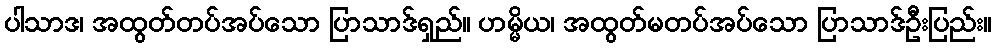
ပါသာဒ၊ အထွတ်တပ်အပ်သော ပြာသာဒ်ရှည်။ ဟမ္မိယ၊ အထွတ်မတပ်အပ်သော ပြာသာဒ်ဦးပြည်း။